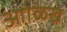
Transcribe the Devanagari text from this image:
आोळख